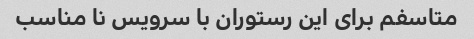
متاسفم برای این رستوران با سرویس نا مناسب